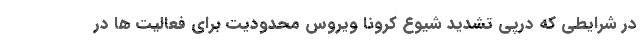
در شرایطی که درپی تشدید شیوع کرونا ویروس محدودیت برای فعالیت ها در